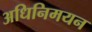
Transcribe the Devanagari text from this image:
अधिनिमयन